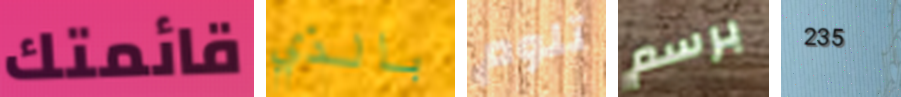
قائمتك بالذي تلوم برسم 235